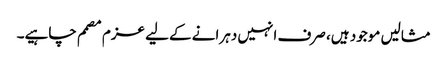
مثالیں موجود ہیں، صرف انہیں دہرانے کےلیے عزم مصمم چاہیے۔